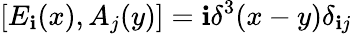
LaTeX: [E_{\mathbf{i}}(x),A_{j}(y)]=\mathbf{i}\delta^{3}(x-y)\delta_{\mathbf{i}j}